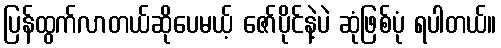
ပြန်ထွက်လာတယ်ဆိုပေမယ့် ဇော်ပိုင်နဲ့ပဲ ဆုံဖြစ်ပုံ ရပါတယ်။